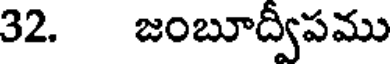
32. జంబూద్వీపము